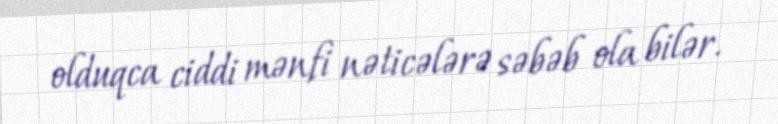
olduqca ciddi mənfi nəticələrə səbəb ola bilər.